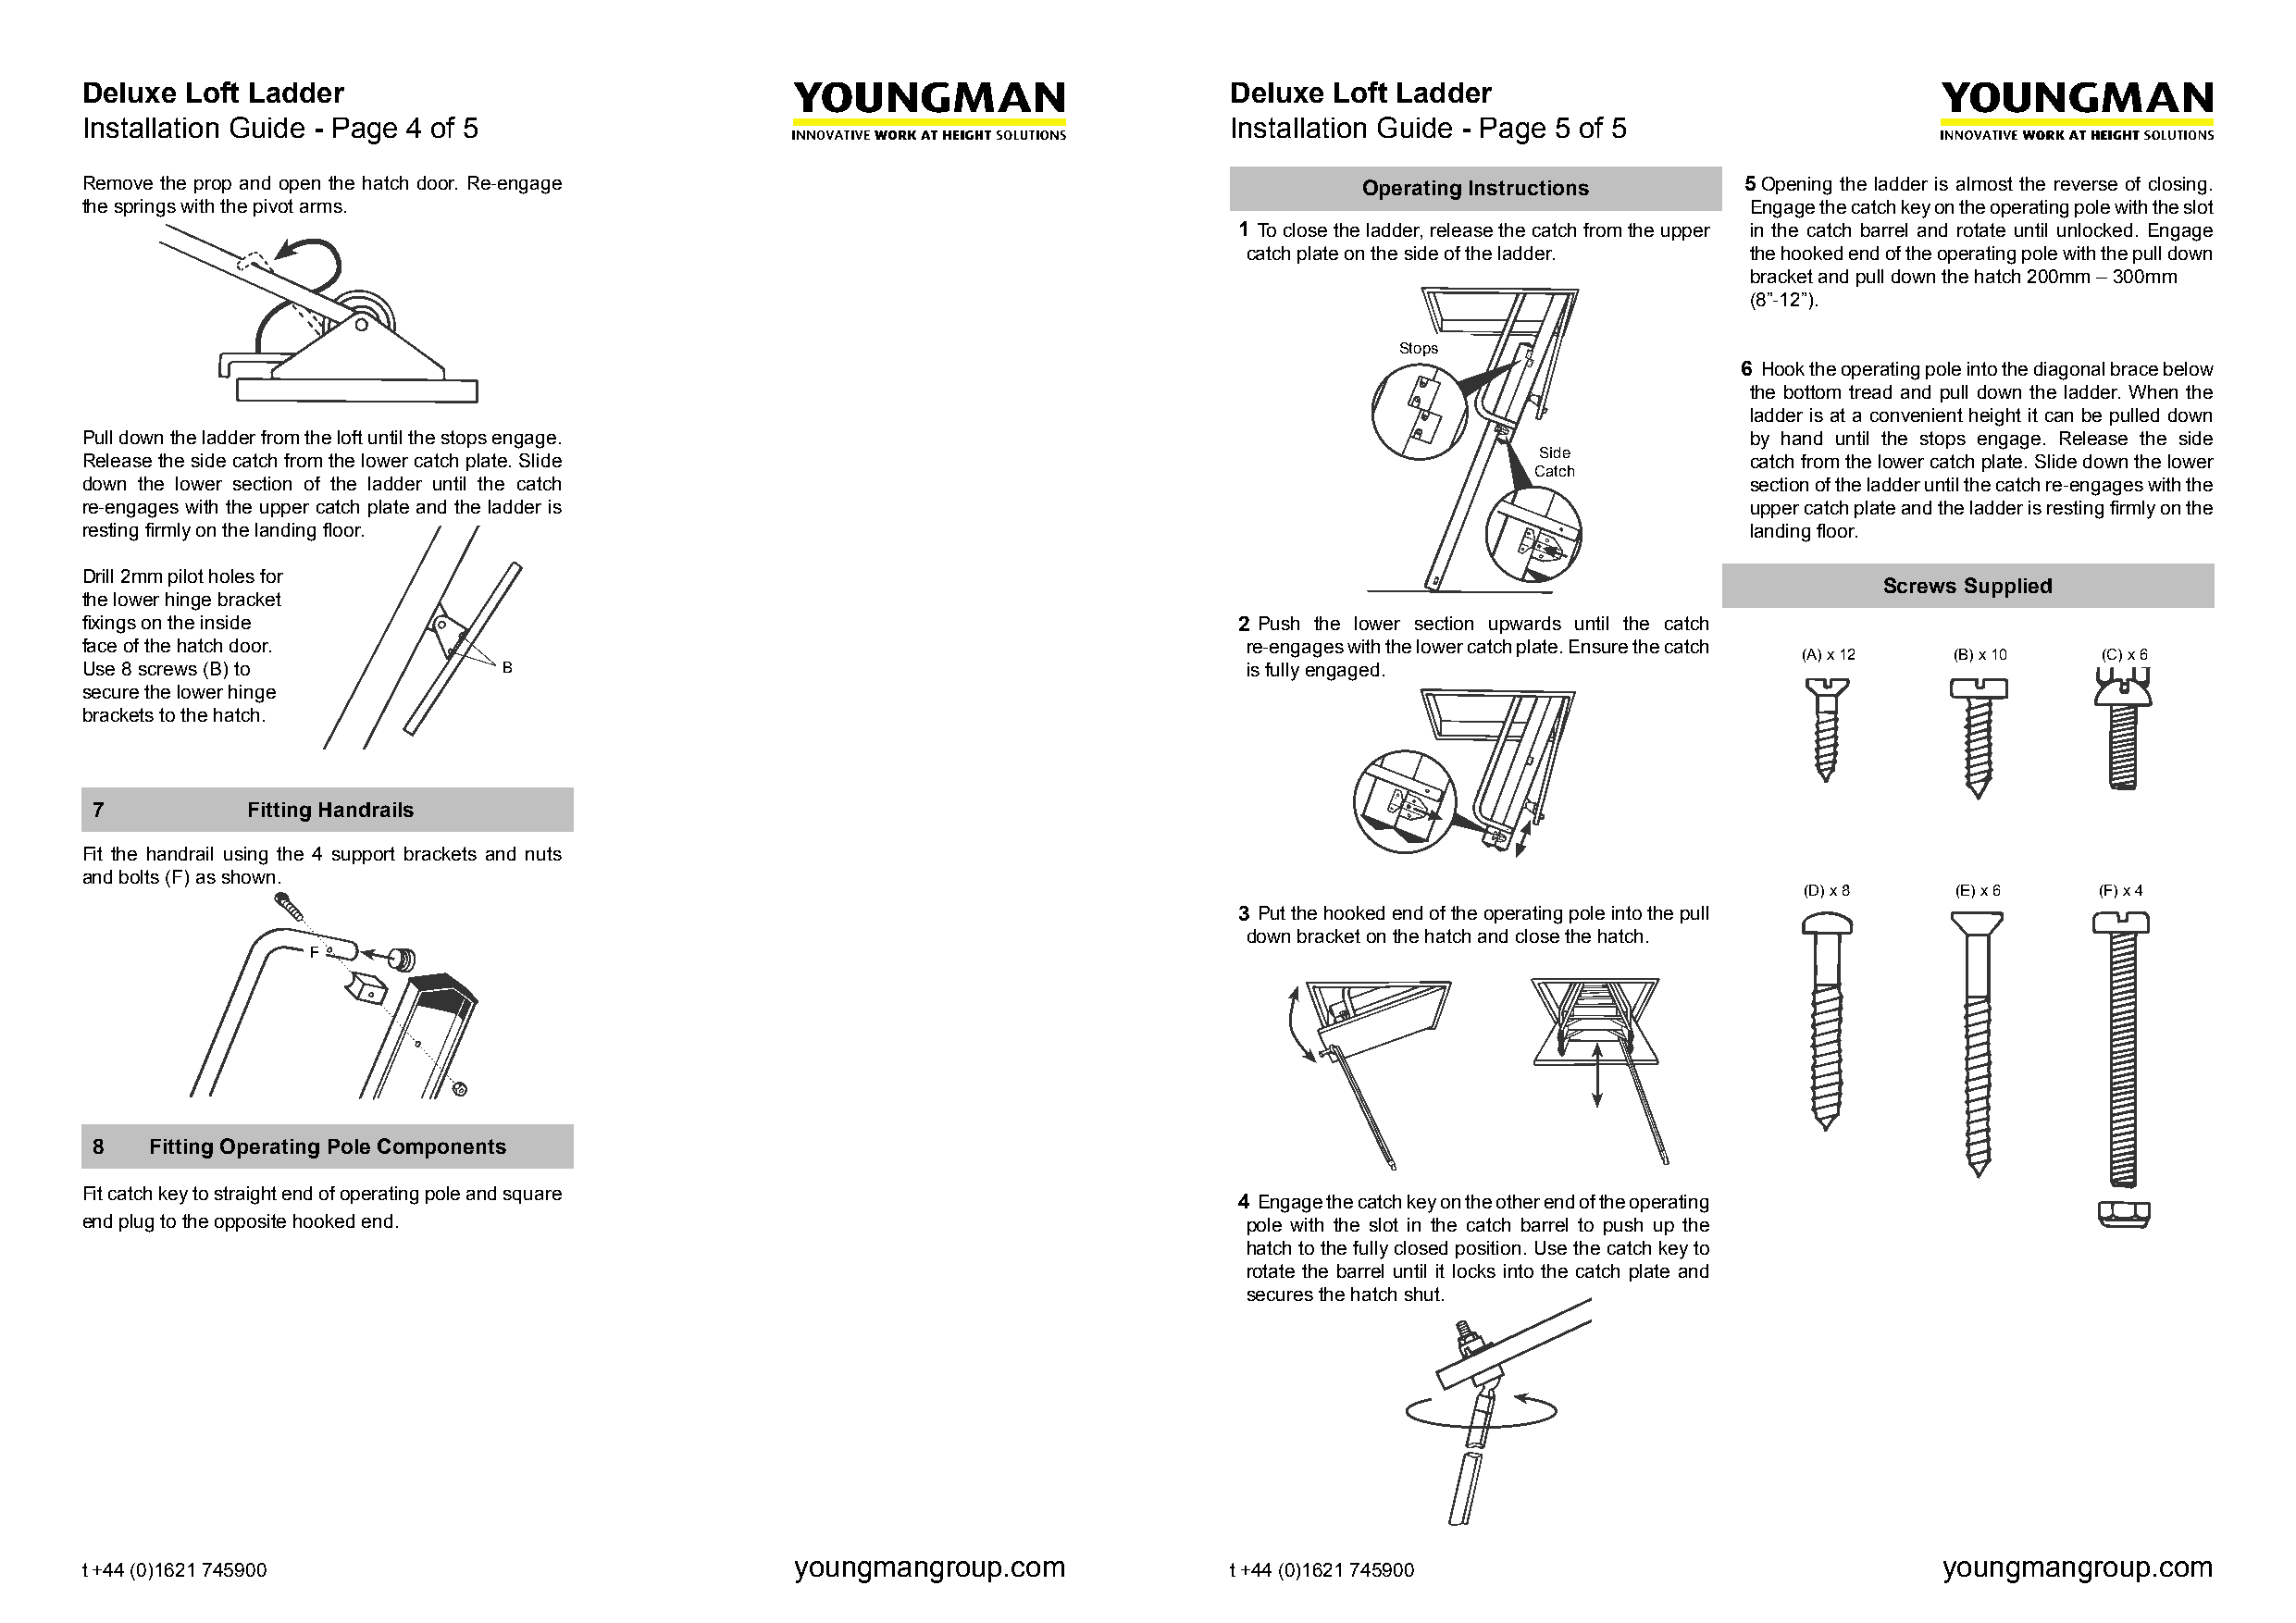
Deluxe Loft Ladder                                                                Deluxe Loft Ladder
 Installation Guide - Page 4 of 5                                                  Installation Guide - Page 5 of 5
 Remove the prop and open the hatch door. Re-engage                                         Operating Instructions      5Opening the ladder is almost the reverse of closing.
 the springs with the pivot arms.                                                                                       Engage the catch key on the operating pole with the slot
 1 To close the ladder, release the catch from the upper in the catch barrel and rotate until unlocked. Engage
 catch plate on the side of the ladder. the hooked end of the operating pole with the pull down
 bracket and pull down the hatch 200mm – 300mm
 (8”-12”).
 SSttooppss
 6 Hook the operating pole into the diagonal brace below
 the bottom tread and pull down the ladder. When the
 ladder is at a convenient height it can be pulled down
 Pull down the ladder from the loft until the stops engage.                                                             by hand until the stops engage. Release the side
 Release the side catch from the lower catch plate. Slide
 SSididee
 catch from the lower catch plate. Slide down the lower
 CCaattcchh
 down the lower section of the ladder until the catch                                                                   section of the ladder until the catch re-engages with the
 re-engages with the upper catch plate and the ladder is                                                                upper catch plate and the ladder is resting firmly on the
 resting firmly on the landing floor.                                                                                   landing floor.
 Drill 2mm pilot holes for
 Screws Supplied
 the lower hinge bracket
 fixings on the inside                                                              2 Push the lower section upwards until the catch
 face of the hatch door.                                                            re-engages with the lower catch plate. Ensure the catch
 (A) x 12   (B) x 10  (C) x 6
 Use 8 screws (B) to           BB                                                   is fully engaged.
 secure the lower hinge
 brackets to the hatch.
 7          Fitting Handrails
 Fit the handrail using the 4 support brackets and nuts
 and bolts (F) as shown.
 (D) x 8    (E) x 6   (F) x 4
 3 Put the hooked end of the operating pole into the pull
 down bracket on the hatch and close the hatch.
 F
 8   Fitting Operating Pole Components
 Fit catch key to straight end of operating pole and square
 4 Engage the catch key on the other end of the operating
 end plug to the opposite hooked end.                                               pole with the slot in the catch barrel to push up the
 hatch to the fully closed position. Use the catch key to
 rotate the barrel until it locks into the catch plate and
 secures the hatch shut.
 youngmangroup.com                                                                 youngmangroup.com
 t +44 (0)1621 745900                                                              t +44 (0)1621 745900